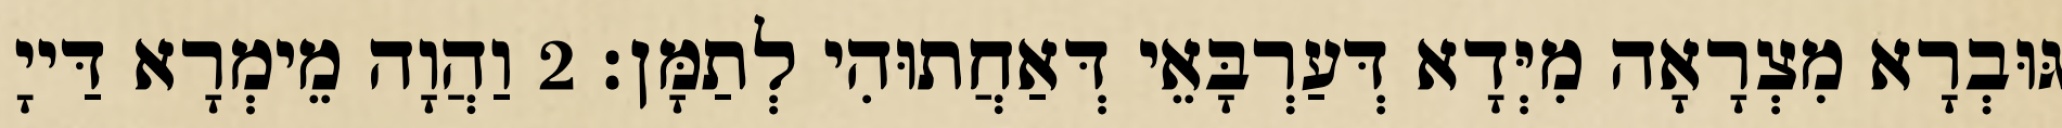
גּוּבְרָא מִצְרָאָה מִיְּדָא דְּעַרְבָּאֵי דְּאַחֲתוּהִי לְתַמָּן׃ 2 וַהֲוָה מֵימְרָא דַּייָ